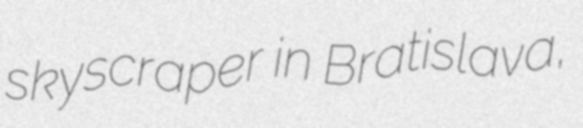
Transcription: skyscraper in Bratislava,